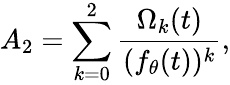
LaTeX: A_{2}=\sum_{k=0}^{2}{\frac{\Omega_{k}(t)}{(f_{\theta}(t))^{k}}},